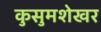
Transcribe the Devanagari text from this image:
कुसुमशेखर